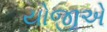
યોજીએ